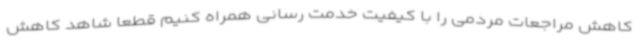
کاهش مراجعات مردمی را با کیفیت خدمت رسانی همراه کنیم قطعاً شاهد کاهش